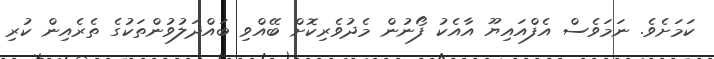
ކަމަށެވެ. ނަމަވެސް އެފްއައިޔޫ އާއެކު ފޯނުން މެދުވެރިކޮށް ބޭއްވި ބައްދަލުވުންތަކުގެ ތެރެއިން ކުރި